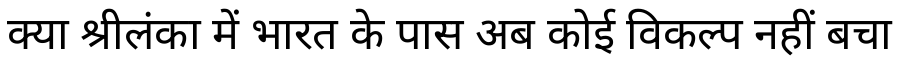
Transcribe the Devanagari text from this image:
क्या श्रीलंका में भारत के पास अब कोई विकल्प नहीं बचा